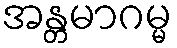
အန္တမာဂမ္မ